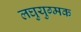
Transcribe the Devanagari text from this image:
लघुयुग्मक